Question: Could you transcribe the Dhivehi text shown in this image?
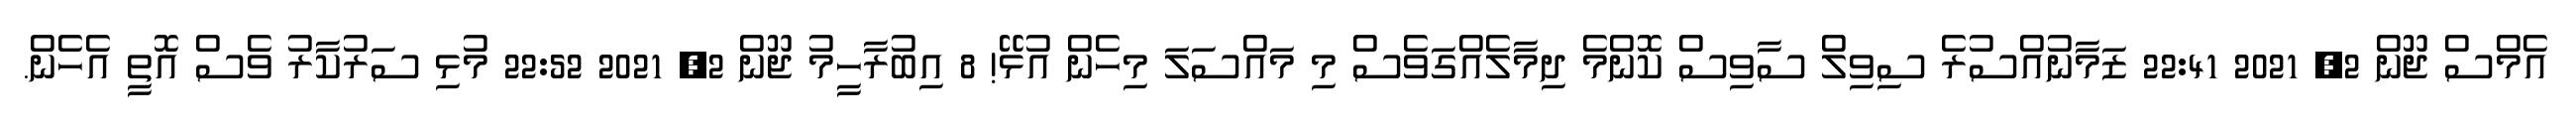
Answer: އެމްސް ޖޫން 2, 2021 22:41 ޒަމާނުއްސުރެ ސިވިލް ސާވިސް ކޮންމެ ދިމާލެއްގަވެސް މި މައްސަލަ މިހެން އުޅޭ! 8 އިބުރާހީމު ޖޫން 2, 2021 22:52 މުޅި ސަރުކާރު ވެސް އޮތީ އެހެން.